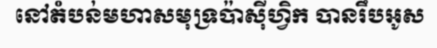
នៅតំបន់មហាសមុទ្រប៉ាស៊ីហ្វិក បានរឹបអូស